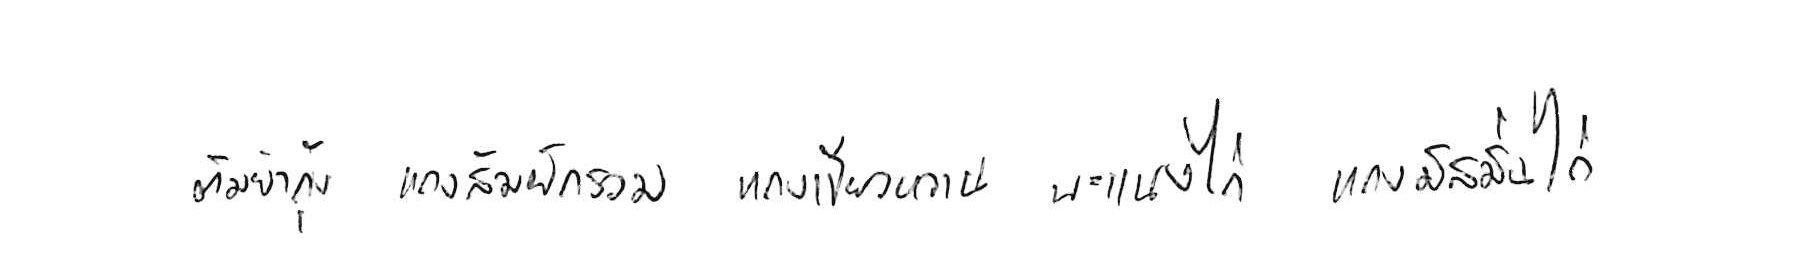
ต้มยำกุ้ง แกงส้มผักรวม แกงเขียวหวาน พะแนงไก่ แกงมัสมั่นไก่